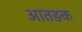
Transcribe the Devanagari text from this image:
आतङक